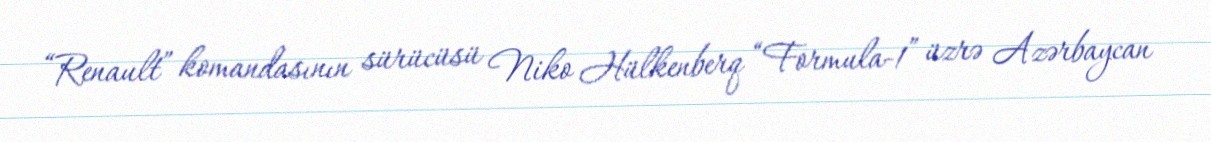
“Renault” komandasının sürücüsü Niko Hülkenberq “Formula-1” üzrə Azərbaycan